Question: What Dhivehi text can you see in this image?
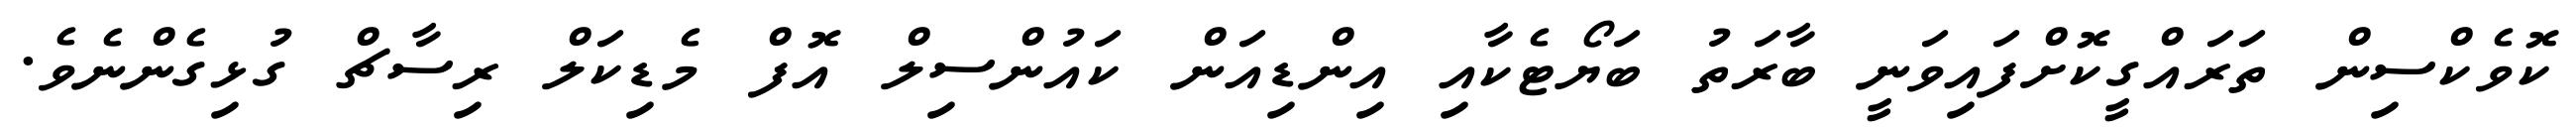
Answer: ކޮވެކްސިން ތަރައްގީކޮށްފައިވަނީ ބާރަތު ބަޔޯޓެކާއި އިންޑިއަން ކައުންސިލް އޮފް މެޑިކަލް ރިސާޗް ގުޅިގެންނެވެ.